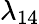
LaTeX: \lambda_{14}